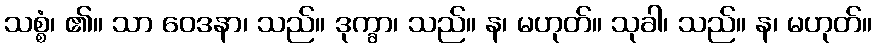
သစ္စံ၊ ၏။ သာ ဝေဒနာ၊ သည်။ ဒုက္ခာ၊ သည်။ န၊ မဟုတ်။ သုခါ၊ သည်။ န၊ မဟုတ်။